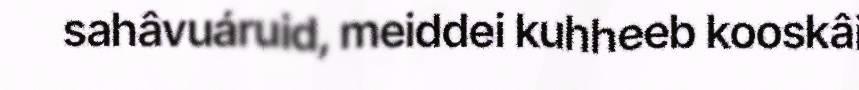
sahâvuáruid, meiddei kuhheeb kooskâi